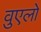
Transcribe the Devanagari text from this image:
वुएलो